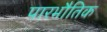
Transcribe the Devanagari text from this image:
पारभौतिक